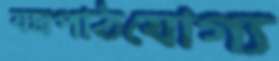
যন্ত্রপাঠযোগ্য